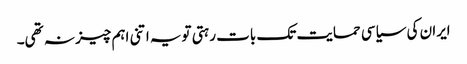
ایران کی سیاسی حمایت تک بات رہتی تویہ اتنی اہم چیز نہ تھی۔